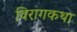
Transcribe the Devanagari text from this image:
विरागकथा